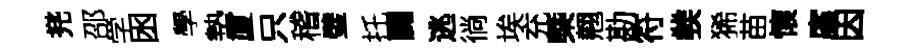
兠邵学囦學墊厦只稽璧托闢逃徜埃充㮣翹勘符彂狶苗懷廑因